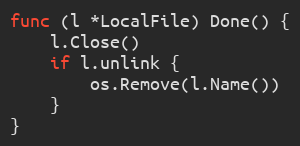
Language: Go
func (l *LocalFile) Done() {
	l.Close()
	if l.unlink {
		os.Remove(l.Name())
	}
}